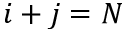
i + j = N